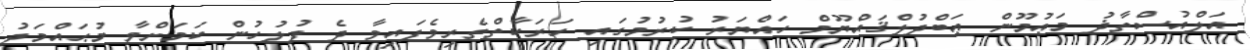
އަލްއުސްތާޛު މަޢުމޫން ޢަބްދުލްޤައްޔޫމް ހައްޔަރު ކުރުމުގައި ހަރަކާތްތެރިވެފައިވާ ދެ ފުލުހުން ކަމަށްވާ މުޙައްމަދު